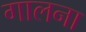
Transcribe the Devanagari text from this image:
गालना